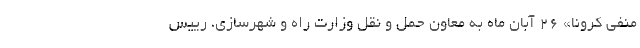
منفی کرونا» ۲۶ آبان ماه به معاون حمل و نقل وزارت راه و شهرسازی، رییس